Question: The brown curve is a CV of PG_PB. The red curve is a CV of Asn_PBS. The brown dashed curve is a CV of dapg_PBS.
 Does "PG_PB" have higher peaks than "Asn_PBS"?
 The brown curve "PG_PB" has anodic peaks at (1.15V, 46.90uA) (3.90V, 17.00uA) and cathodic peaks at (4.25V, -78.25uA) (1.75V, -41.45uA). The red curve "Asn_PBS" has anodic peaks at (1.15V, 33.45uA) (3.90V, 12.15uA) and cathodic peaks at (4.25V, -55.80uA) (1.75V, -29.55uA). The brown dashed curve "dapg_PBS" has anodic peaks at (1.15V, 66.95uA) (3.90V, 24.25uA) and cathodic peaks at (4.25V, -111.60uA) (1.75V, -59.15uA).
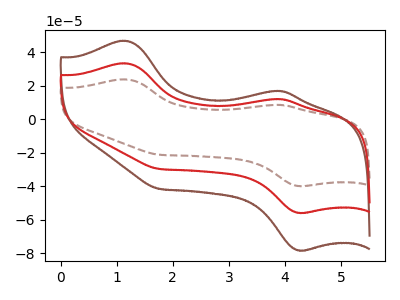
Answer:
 <answer>Every peak in "PG_PB" is higher than every peak in "Asn_PBS".</answer>
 <eval>higher</eval>